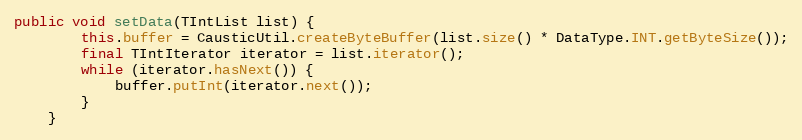
Language: Java
public void setData(TIntList list) {
        this.buffer = CausticUtil.createByteBuffer(list.size() * DataType.INT.getByteSize());
        final TIntIterator iterator = list.iterator();
        while (iterator.hasNext()) {
            buffer.putInt(iterator.next());
        }
    }